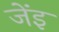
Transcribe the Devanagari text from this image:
जेंइ